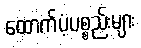
ထောက်ပံ့ပစ္စည်းများ